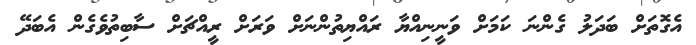
އެގޮތަށް ބަދަލު ގެންނަ ކަމަށް ވަނީނިއްޔާ ރައްޔިތުންނަށް ވަރަށް ރީއްޗަށް ސާބިތުވެގެން އެބަދޭ